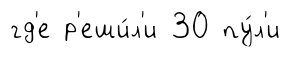
гд'е р'еши́л'и 30 пу́л'и